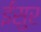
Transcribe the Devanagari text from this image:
ईसुर